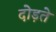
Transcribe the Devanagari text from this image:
दोड़ते